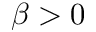
\beta > 0